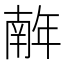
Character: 𢆥